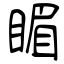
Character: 睸